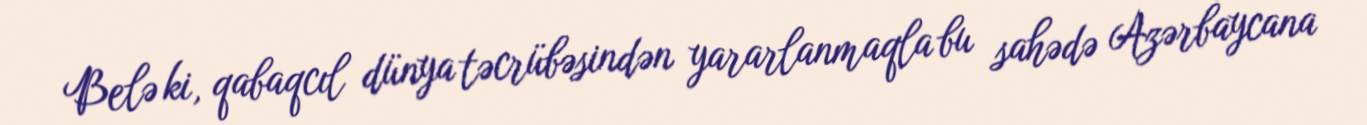
Belə ki, qabaqcıl dünya təcrübəsindən yararlanmaqla bu sahədə Azərbaycana